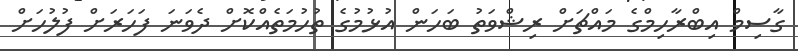
ގާސިމް އިބްރާހިމްގެ މައްޗަށް ރިޝްވަތު ބަހަން އުޅުމުގެ ތުހުމަތެއްކޮށް ދެވަނަ ފަހަރަށް ފުލުހަށް